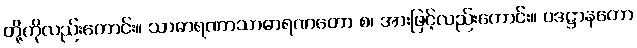
တို့ကိုလည်းကောင်း။ သာဓာရဏာသာဓာရဏတော စ၊ အားဖြင့်လည်းကောင်း။ ပဒဋ္ဌာနတော